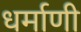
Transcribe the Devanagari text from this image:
धर्माणी